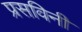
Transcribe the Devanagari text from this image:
प्रसविनी